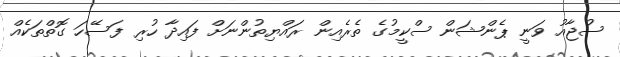
ސުޖާއު ވަނީ ޕެންޝަން ސްކީމުގެ ތެރެއިން ރައްޔިތުންނަށް ފައިދާ ހުރި ފަސޭހަ ގޮތްތަކެއް